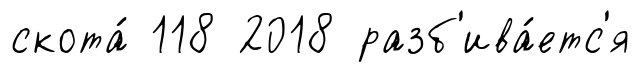
скота́ 118 2018 разб'ива́етс'я